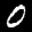
Label: 0